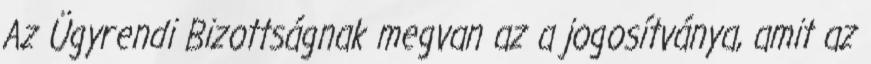
Az Ügyrendi Bizottságnak megvan az a jogosítványa, amit az